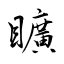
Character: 矌